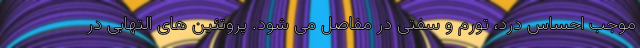
موجب احساس درد، تورم و سفتی در مفاصل می شود. پروتئین های التهابی در